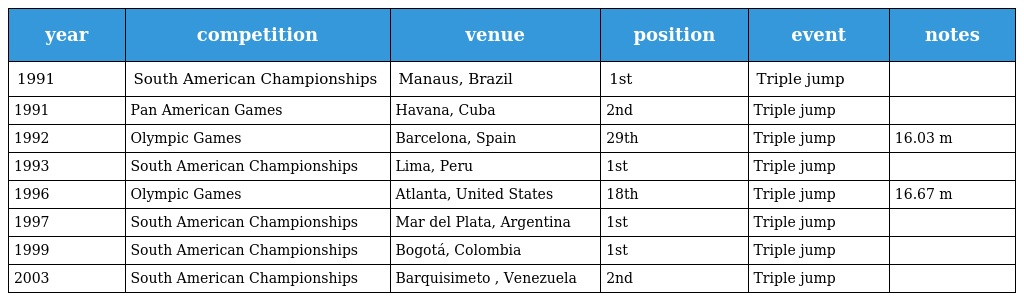
| year | competition | venue | position | event | notes |
 | --- | --- | --- | --- | --- | --- |
 | 1991 | South American Championships | Manaus, Brazil | 1st | Triple jump |  |
 | 1991 | Pan American Games | Havana, Cuba | 2nd | Triple jump |  |
 | 1992 | Olympic Games | Barcelona, Spain | 29th | Triple jump | 16.03 m |
 | 1993 | South American Championships | Lima, Peru | 1st | Triple jump |  |
 | 1996 | Olympic Games | Atlanta, United States | 18th | Triple jump | 16.67 m |
 | 1997 | South American Championships | Mar del Plata, Argentina | 1st | Triple jump |  |
 | 1999 | South American Championships | Bogotá, Colombia | 1st | Triple jump |  |
 | 2003 | South American Championships | Barquisimeto , Venezuela | 2nd | Triple jump |  |